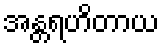
အန္တရဟိတာယ